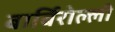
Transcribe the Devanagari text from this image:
बार्बिरोल्ली